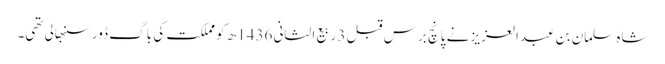
شاہ سلمان بن عبدالعزیز نے پانچ برس قبل 3 ربیع الثانی 1436ھ کو مملکت کی باگ ڈور سنبھالی تھی۔